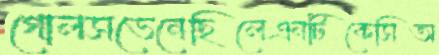
গোলসভেনেছিলেএনটিকেসিঅ